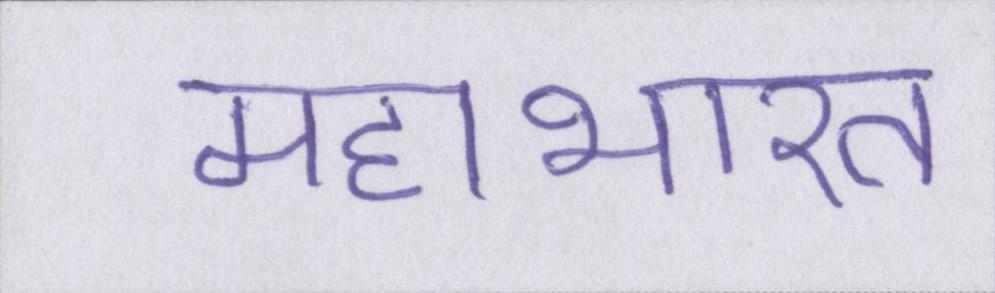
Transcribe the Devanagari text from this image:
महाभारत